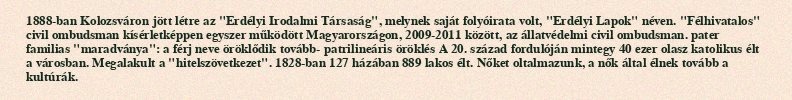
1888-ban Kolozsváron jött létre az "Erdélyi Irodalmi Társaság", melynek saját folyóirata volt, "Erdélyi Lapok" néven. "Félhivatalos" civil ombudsman kísérletképpen egyszer működött Magyarországon, 2009-2011 között, az állatvédelmi civil ombudsman. pater familias "maradványa": a férj neve öröklődik tovább- patrilineáris öröklés A 20. század fordulóján mintegy 40 ezer olasz katolikus élt a városban. Megalakult a "hitelszövetkezet". 1828-ban 127 házában 889 lakos élt. Nőket oltalmazunk, a nők által élnek tovább a kultúrák.